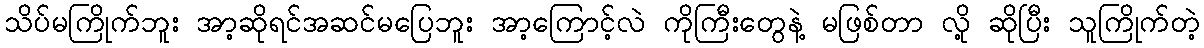
သိပ်မကြိုက်ဘူး အာ့ဆိုရင်အဆင်မပြေဘူး အာ့ကြောင့်လဲ ကိုကြီးတွေနဲ့ မဖြစ်တာ လို့ ဆိုပြီး သူကြိုက်တဲ့